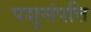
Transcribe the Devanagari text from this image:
पशुसंपत्ति